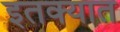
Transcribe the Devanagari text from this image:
इतक्‍यात